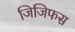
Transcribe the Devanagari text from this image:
जिजिफस